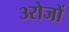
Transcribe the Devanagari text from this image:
३रोजों